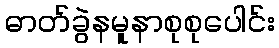
ဓာတ်ခွဲနမူနာစုစုပေါင်း